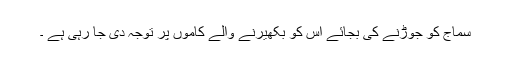
سماج کو جوڑنے کی بجائے اس کو بکھیرنے والے کاموں پر توجہ دی جا رہی ہے ۔